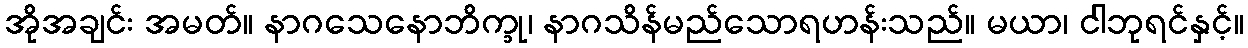
အိုအချင်း အမတ်။ နာဂသေနောဘိက္ခု၊ နာဂသိန်မည်သောရဟန်းသည်။ မယာ၊ ငါဘုရင်နှင့်။